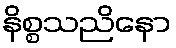
နိစ္စသညိနော